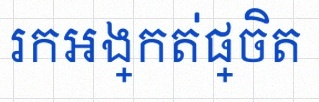
រកអង្កត់ផ្ចិត